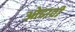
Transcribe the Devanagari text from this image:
ओढावी